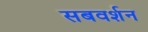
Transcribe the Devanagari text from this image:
सबवर्शन